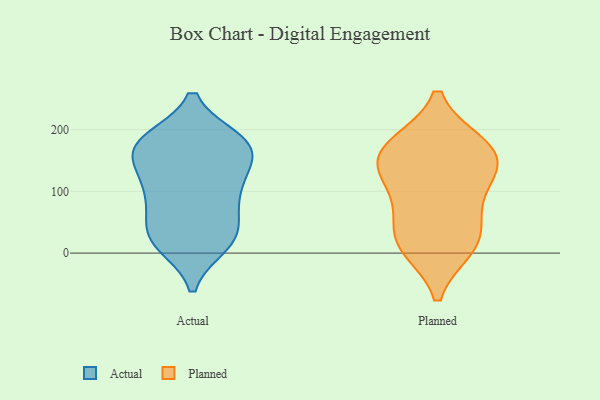
{"axis": {"x": "Demand Index", "y": "Value"}, "legend": ["Actual", "Planned"], "data": [{"x": "", "y": 19, "type": "Actual"}, {"x": "", "y": 111, "type": "Actual"}, {"x": "", "y": 31, "type": "Actual"}, {"x": "", "y": 99, "type": "Actual"}, {"x": "", "y": 76, "type": "Actual"}, {"x": "", "y": 176, "type": "Actual"}, {"x": "", "y": 170, "type": "Actual"}, {"x": "", "y": 24, "type": "Actual"}, {"x": "", "y": 15, "type": "Actual"}, {"x": "", "y": 178, "type": "Actual"}, {"x": "", "y": 130, "type": "Actual"}, {"x": "", "y": 182, "type": "Actual"}, {"x": "", "y": 89, "type": "Actual"}, {"x": "", "y": 179, "type": "Actual"}, {"x": "", "y": 146, "type": "Actual"}, {"x": "", "y": 36, "type": "Actual"}, {"x": "", "y": 170, "type": "Actual"}, {"x": "", "y": 128, "type": "Planned"}, {"x": "", "y": 58, "type": "Planned"}, {"x": "", "y": 175, "type": "Planned"}, {"x": "", "y": 133, "type": "Planned"}, {"x": "", "y": 15, "type": "Planned"}, {"x": "", "y": 87, "type": "Planned"}, {"x": "", "y": 10, "type": "Planned"}, {"x": "", "y": 19, "type": "Planned"}, {"x": "", "y": 168, "type": "Planned"}, {"x": "", "y": 175, "type": "Planned"}, {"x": "", "y": 146, "type": "Planned"}]}